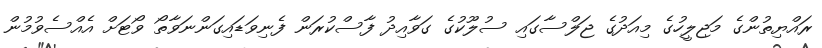
ރައްޔިތުންގެ މަޖިލީހުގެ މިއަދުގެ ޖަލްސާގައި ސުލޫކުގެ ގަވާއިދު ފާސްކުރަން ފެނިވަޑައިގަންނަވާތޯ ވޯޓަށް އެއްސެވުމުން